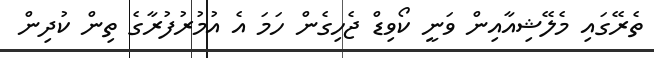
ތެރޭގައި މެލޭޝިއާއިން ވަނީ ކޯވިޑް ޖެހިގެން ހަމަ އެ އުމުރުފުރާގެ ތިން ކުދިން